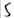
Text: S